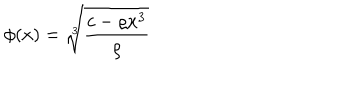
\phi ( x ) = \sqrt [ [object Object] ] ] { \displaystyle \frac { c - \varrho x ^ { 3 } } { \varrho } }